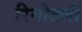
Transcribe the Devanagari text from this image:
रिमोटली